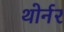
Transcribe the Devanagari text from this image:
थोर्नर